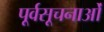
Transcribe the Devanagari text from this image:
पूर्वसूचनाओं